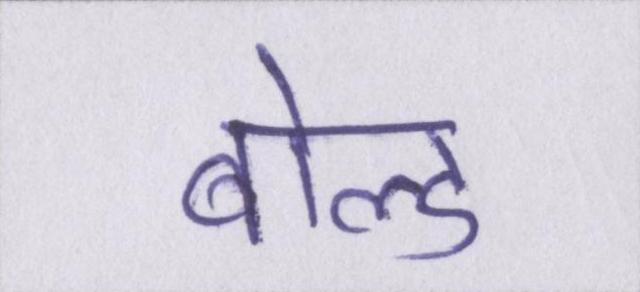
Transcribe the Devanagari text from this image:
बोल्ड